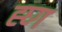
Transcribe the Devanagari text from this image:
ह्घ्ग